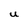
Character: U